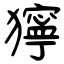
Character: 獰